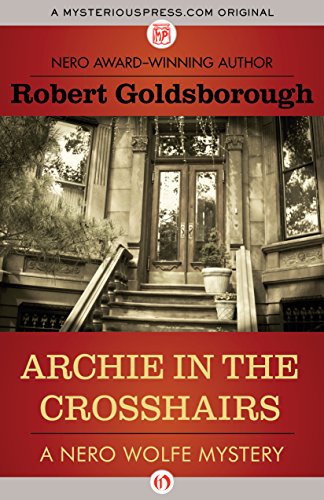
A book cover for Archie in the Crosshairs (The Nero Wolfe Mysteries); Robert Goldsborough; Mystery, Thriller & Suspense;